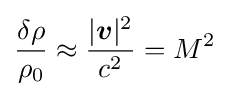
{\frac {\delta \rho }{\rho _{0}}}\approx {\frac {|{\boldsymbol {v}}|^{2}}{c^{2}}}=M^{2}